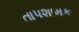
તાપશામક